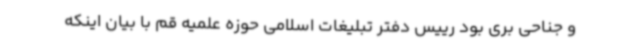
و جناحی بری بود رییس دفتر تبلیغات اسلامی حوزه علمیه قم با بیان اینکه